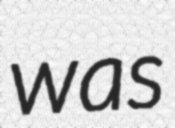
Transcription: was